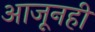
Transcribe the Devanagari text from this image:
आजूनही